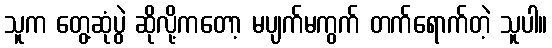
သူက တွေ့ဆုံပွဲ ဆိုလို့ကတော့ မပျက်မကွက် တက်ရောက်တဲ့ သူပါ။